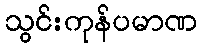
သွင်းကုန်ပမာဏ